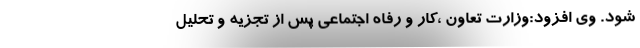
شود. وی افزود:وزارت تعاون ،کار و رفاه اجتماعی پس از تجزیه و تحلیل